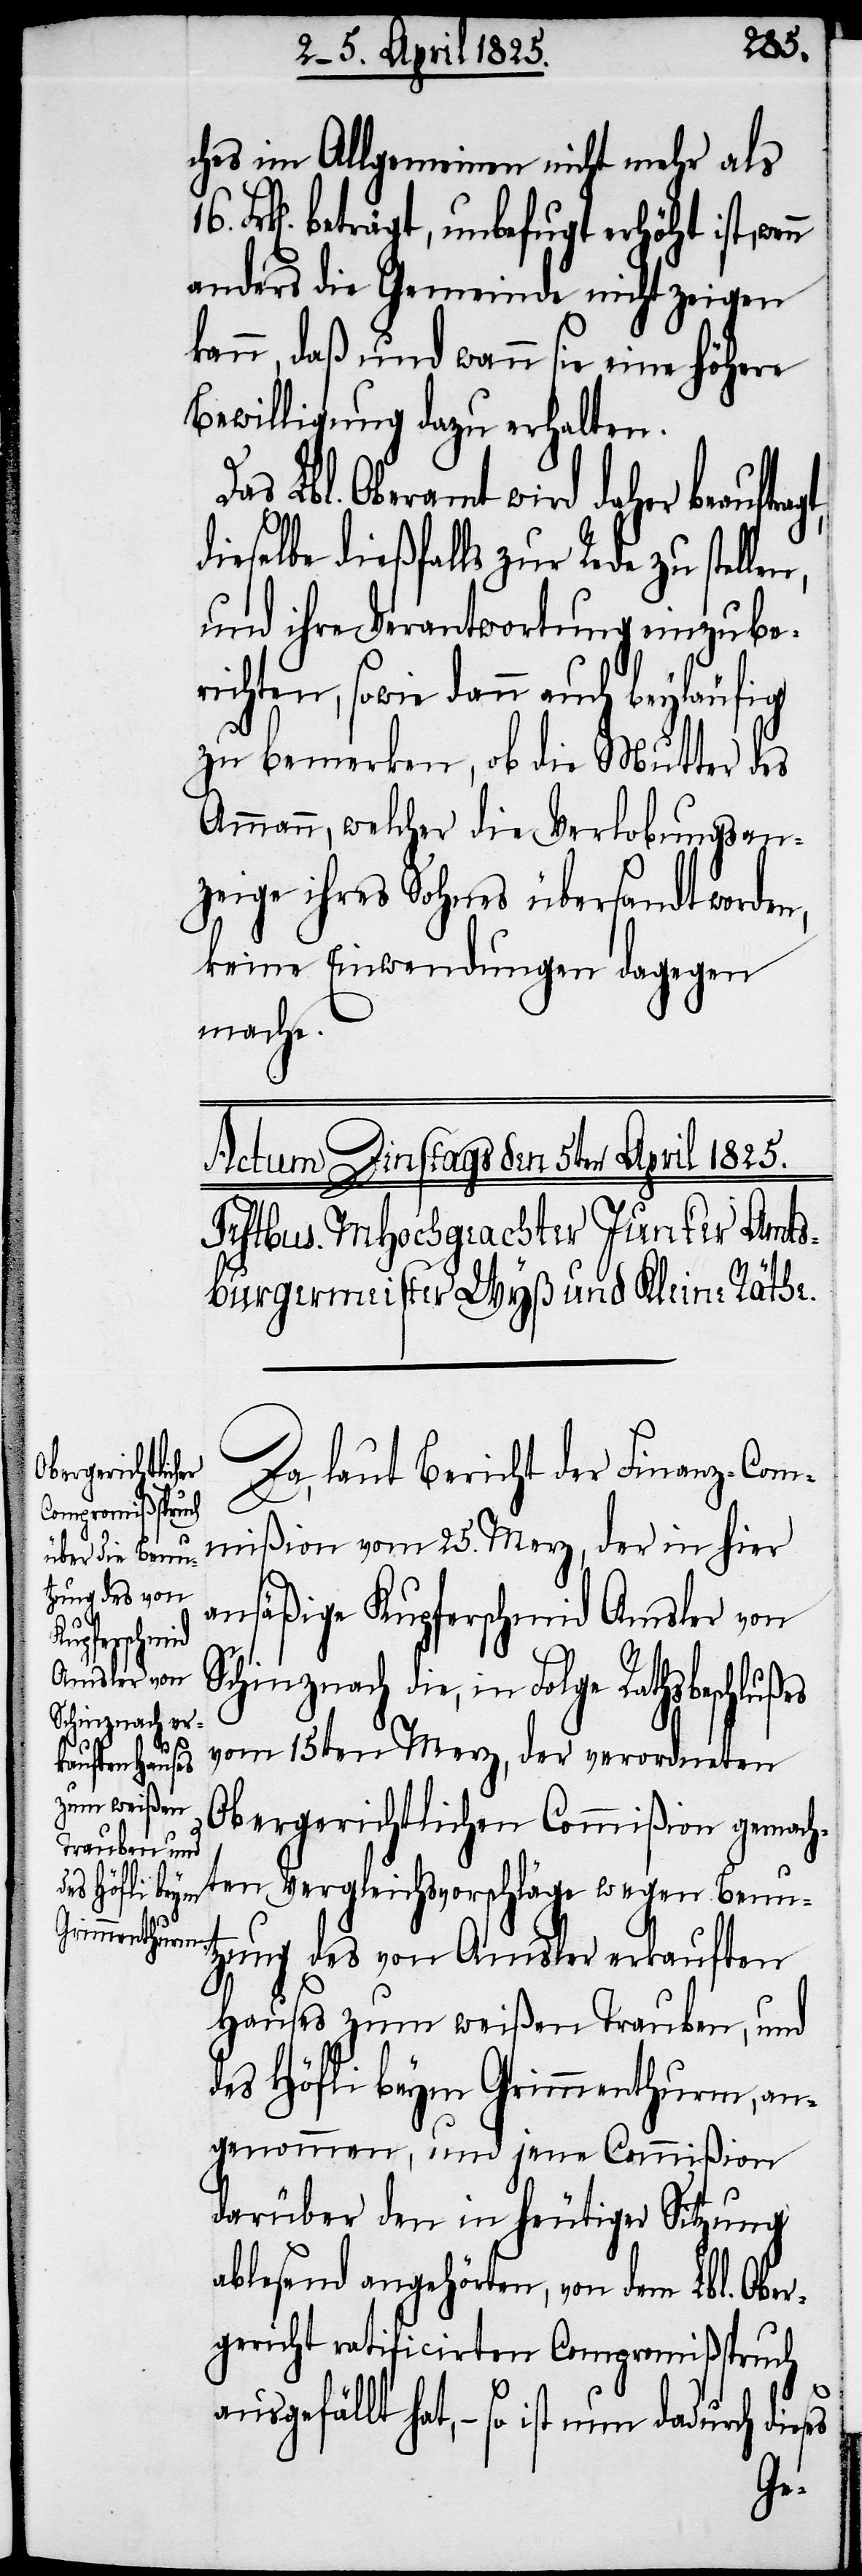
Schinznach d¬

n,
ches im Allgemeinen nicht mehr als
beträgt, unbefugt erhöht ist,
anders die Gemeinde nicht zeigen
kann, daß und wann sie eine höhere
Bewilligung dazu erhalten.
Lbl. Oberamt wird daher beauftra¬
dieselbe dießfalls zur Rede zu stelle¬
und ihre Verantwortung einzube¬
richten, sowie dann auch beyläufig
zu bemerken, ob die Mutter des
Ammann, welcher die Verlobungsan¬
zeige ihres Sohnes übersandt worden,
keine Einwendungen dagegen
mache.
Da, laut Bericht der Finanz-Com¬
mißion vom 25. Merz, der in hier
ansäßige Kupferschmid Amsler von
ie, in Folge Rathsbeschlußes
vom 15ten Merz, der verordneten
Obergerichtlichen Commißion gemach¬
ten Vergleichsvorschläge wegen Benu¬
tzung des von Amsler erkauften
Hauses zum weißen Trauben, und
des Höfli beym Grimmenthurm, an¬
genommen, und jene Commißion
darüber den in heutiger Sitzung
ablesend angehörten, von dem Lbl. Ober¬
gericht ratificirten Compromißspruch
ausgefällt hat, − so ist nun dadurch
gt,